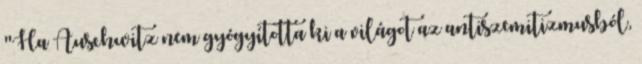
"Ha Auschwitz nem gyógyította ki a világot az antiszemitizmusból,